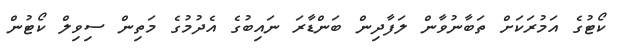
ކޯޓުގެ އަމުރަކަށް ތަބާނުވާން ލަފާދިން ބަންޑާރަ ނައިބުގެ އެދުމުގެ މަތިން ސިވިލް ކޯޓުން